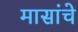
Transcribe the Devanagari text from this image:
मासांचे